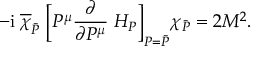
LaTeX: - \mathrm { i } \; \overline { { \chi } } _ { \bar { P } } \; \bigg [ P ^ { \mu } \frac { \partial } { \partial P ^ { \mu } } \; H _ { P } \bigg ] _ { P = \bar { P } } \chi _ { \bar { P } } = 2 M ^ { 2 } .